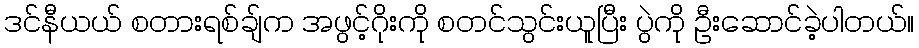
ဒင်နီယယ် စတားရစ်ချ်က အဖွင့်ဂိုးကို စတင်သွင်းယူပြီး ပွဲကို ဦးဆောင်ခဲ့ပါတယ်။